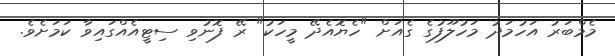
މެމްބަރު އަހުމަދު މަހުލޫފުގެ ގެއަށް "ހެޔޮއެދޭ މީހަކު" ރޭ ފޮނުވި ސިޓީއެއްގައިވާ ކަމަށެވެ.